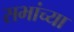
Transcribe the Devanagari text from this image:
सभांच्या